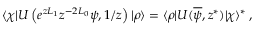
\langle \chi | U \left( e ^ { z L _ { 1 } } z ^ { - 2 L _ { 0 } } \psi , 1 / z \right) | \rho \rangle = \langle \rho | U ( \overline { { \psi } } , z ^ { \ast } ) | \chi \rangle ^ { \ast } \, ,